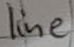
Text: line